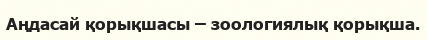
Аңдасай қорықшасы – зоологиялық қорықша.